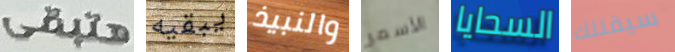
هتبقى يبقيه والنبيذ الأسمر السحايا سيقتلك